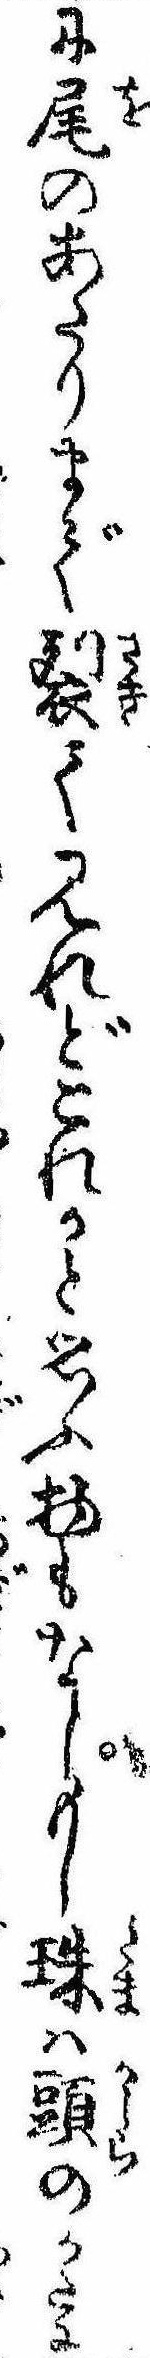
に尾のあたりまで裂て見れどこれかと思ふ物もなしもし珠は頭のかたに